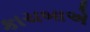
કાચબાએ